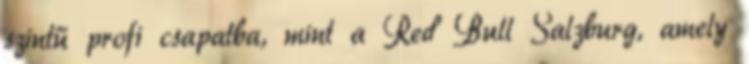
szintű profi csapatba, mint a Red Bull Salzburg, amely